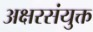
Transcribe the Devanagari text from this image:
अक्षरसंयुक्त